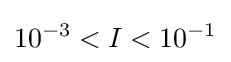
10^{-3}<I<10^{-1}